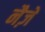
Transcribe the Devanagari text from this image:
नैज़ें